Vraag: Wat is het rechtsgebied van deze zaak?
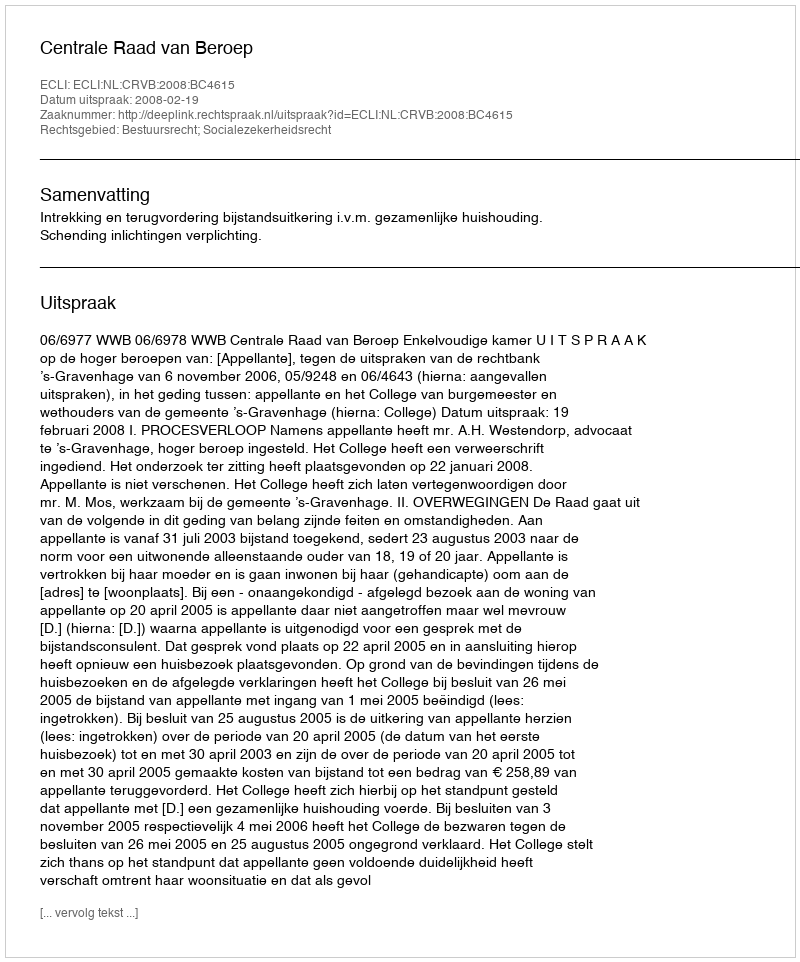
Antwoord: Bestuursrecht; Socialezekerheidsrecht